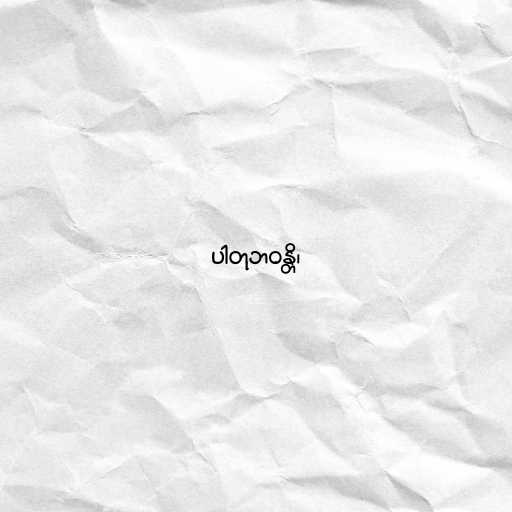
ပါတုဘဝန္တိ၊